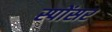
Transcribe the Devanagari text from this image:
स्पोंसर